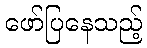
ဖော်ပြနေသည့်